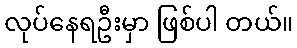
လုပ်နေရဦးမှာ ဖြစ်ပါ တယ်။